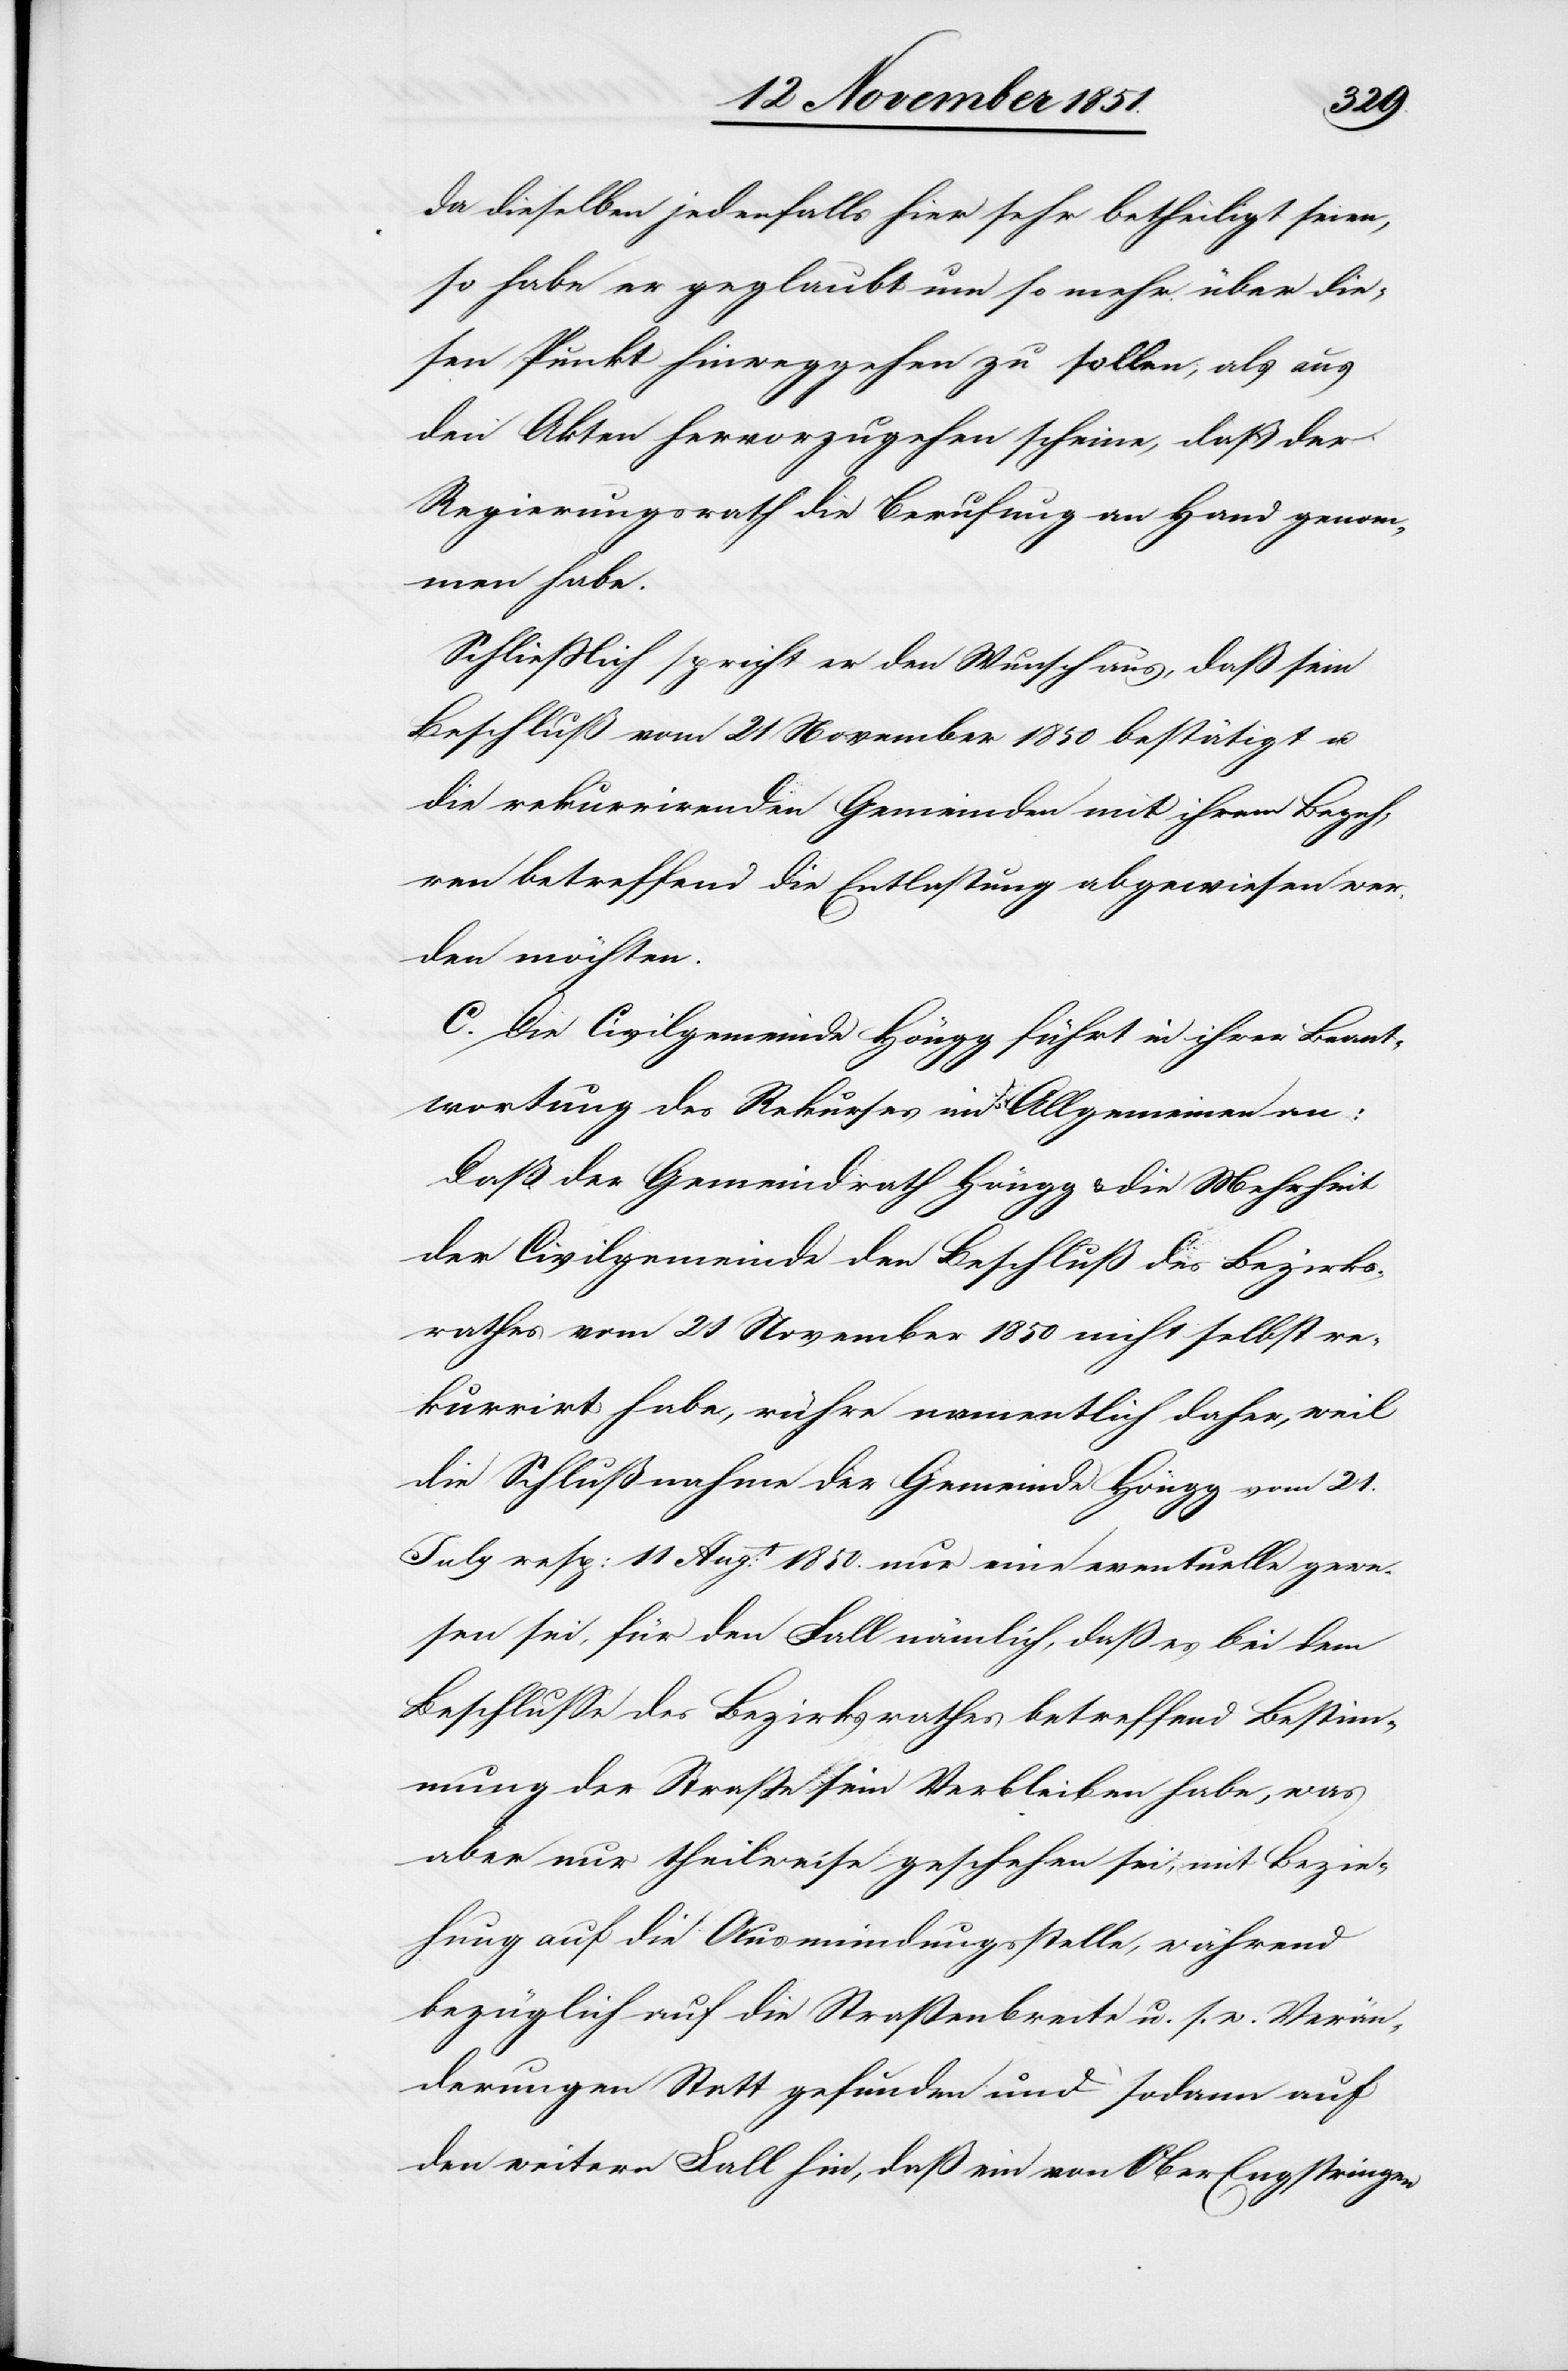
da dieselben jedenfalls hier sehr betheiligt seien,
so habe er geglaubt um so mehr über die¬
sen Punkt hinweggehen zu sollen, als aus
den Akten hervorzugehen scheine, daß der
Regierungsrath die Berufung an Hand genom¬
men habe.
Schließlich spricht er den Wunsch aus, daß sein
Beschluß vom 21 November 1850 bestätigt u.
die rekurrirenden Gemeinden mit ihrem Begeh¬
ren betreffend die Entlastung abgewiesen wer¬
den möchten.
C. Die Civilgemeinde Höngg führt in ihrer Beant¬
wortung des Rekurses im Allgemeinen an:
Daß der Gemeindrath Höngg & die Mehrheit
der Civilgemeinde den Beschluß des Bezirks¬
rathes vom 21 November 1850 nicht selbst re¬
kurrirt habe, rühre namentlich daher, weil
die Schlußnahme der Gemeinde Höngg vom 21.
July resp: 11 Augt: 1850. nur eine eventuelle gewe¬
sen sei, für den Fall nämlich, daß es bei dem
Beschlusse des Bezirksrathes betreffend Bestim¬
mung der Straße sein Verbleiben habe, was
aber nur theilweise geschehen sei, mit Bezie¬
hung auf die Ausmündungsstelle, während
bezüglich auf die Straßenbreite u. s. w. Verän¬
derungen Statt gefunden und sodann auf
den weitern Fall hin, daß ein von OberEngstringen